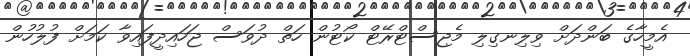
އެމީހާގެ ބަންދަށް ވިލިނގިލި މެޖިސްޓްރޭޓް ކޯޓުން ހަތް ދުވަސް ޖަހައިދީފައިވާ ކަމަށް ފުލުހުން